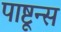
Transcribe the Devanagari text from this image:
पाष्टून्स